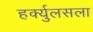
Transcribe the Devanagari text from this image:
हर्क्युलसला